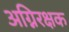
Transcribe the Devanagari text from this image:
अग्निरक्षक